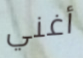
أغني